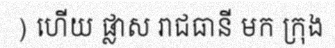
) ហើយ ផ្លាស រាជធានី មក ក្រុង